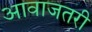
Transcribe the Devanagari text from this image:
आवाजतरी